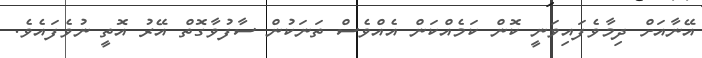
އޭނާއަށް ދިމާވެފައިވަނީ ކޮން ކަމެއްކަން އެއްވެސް ތަނަކުން ސާފުވާގޮތް އޭރު އޮތީ ނުވެފައެވެ.